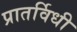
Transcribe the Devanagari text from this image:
प्रातर्विधी